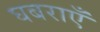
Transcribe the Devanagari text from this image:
घबराएँ